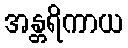
အန္တရိကာယ